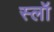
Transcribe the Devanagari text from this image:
स्लॉ